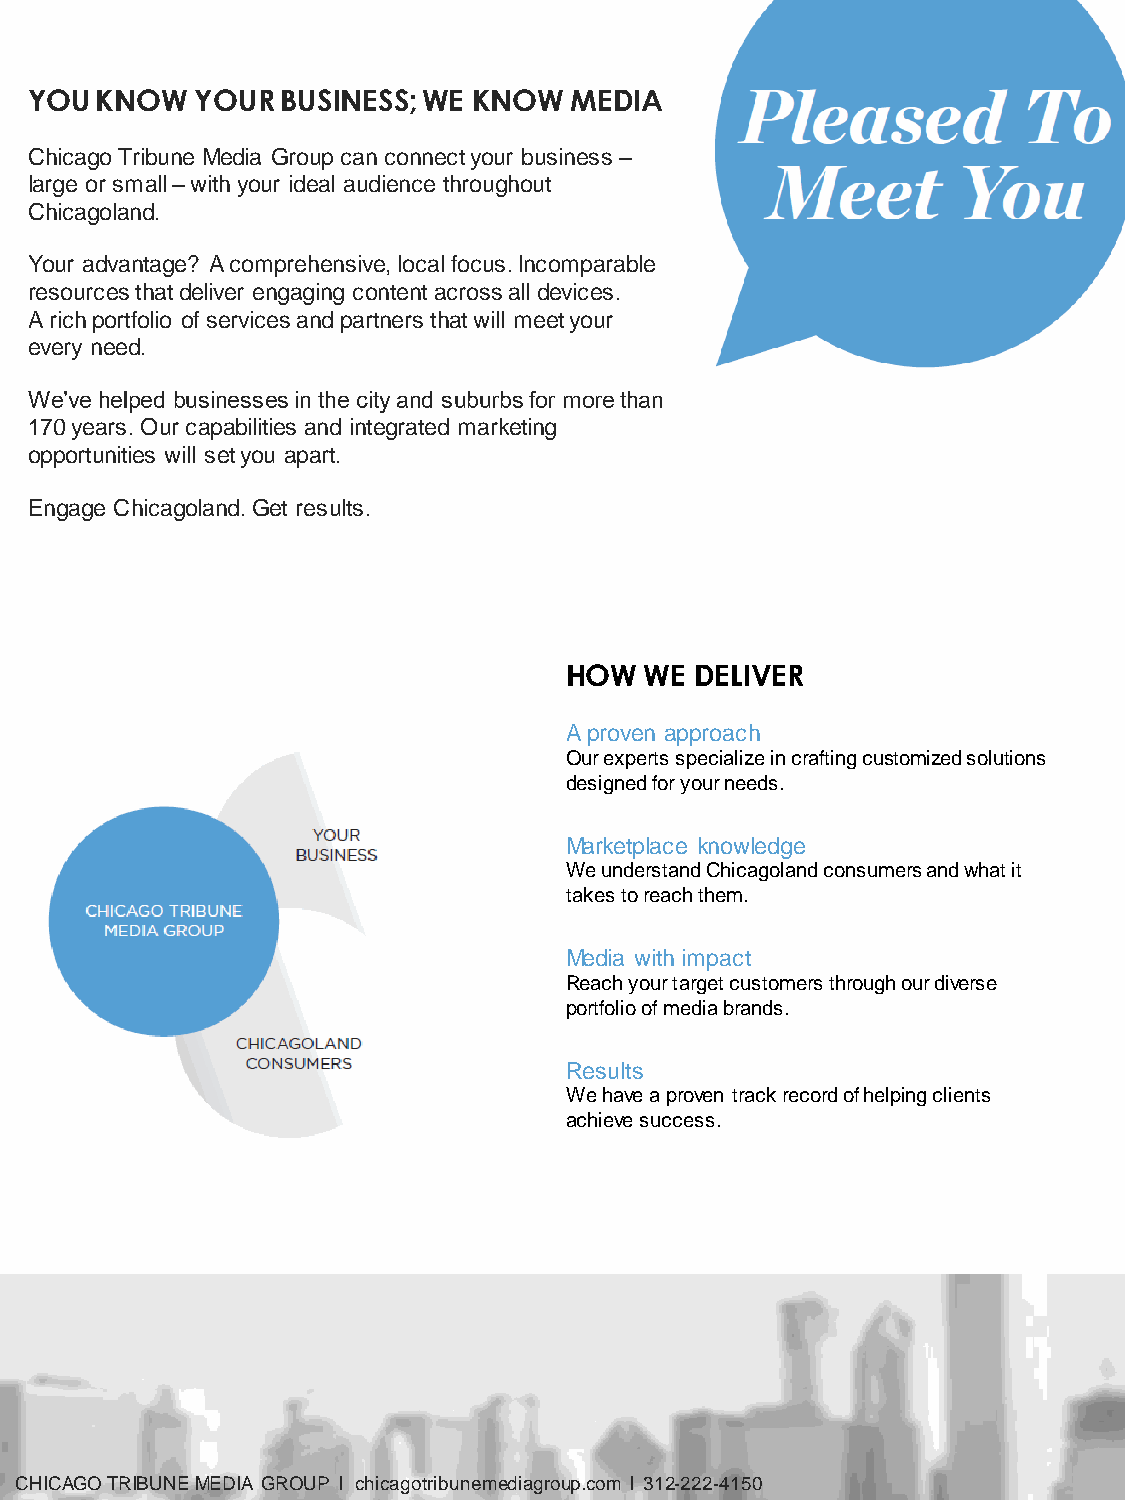
YOU KNOW   YOUR  BUSINESS; WE KNOW  MEDIA
 Chicago Tribune Media Group can connect your business –
 large or small –with your ideal audience throughout
 Chicagoland.
 Your advantage? A comprehensive, local focus. Incomparable
 resources that deliver engaging content across all devices.
 A rich portfolio of services and partners that will meet your
 every need.
 We’ve helped businesses in the city and suburbs for more than
 170 years. Our capabilities and integrated marketing
 opportunities will set you apart.
 Engage Chicagoland. Get results.
 HOW   WE DELIVER
 A proven approach
 Our experts specialize in crafting customized solutions
 designed for your needs.
 Marketplace knowledge
 We understand Chicagoland consumers and what it
 takes to reach them.
 Media with impact
 Reach your target customers through our diverse
 portfolio of media brands.
 Results
 We have a proven track record of helping clients
 achieve success.
 CHICAGO TRIBUNE MEDIA GROUP l chicagotribunemediagroup.com l 312-222-4150